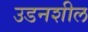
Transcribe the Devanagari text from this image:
उडनशील